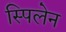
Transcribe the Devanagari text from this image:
स्पिलेन